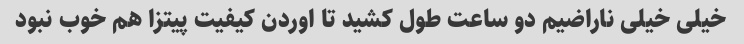
خیلی خیلی ناراضیم دو ساعت طول کشید تا اوردن کیفیت پیتزا هم خوب نبود